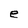
Character: e